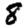
Digit: 8